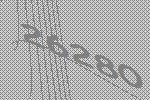
26280